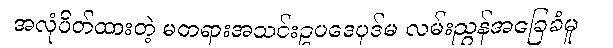
အလုံပိတ်ထားတဲ့ မတရားအသင်းဥပဒေပုဒ်မ လမ်းညွှန်အခြေခံမူ